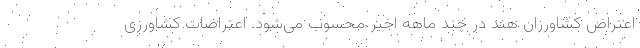
اعتراض کشاورزان هند در چند ماهه اخیر محسوب می‌شود. اعتراضات کشاورزی